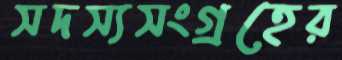
সদস্যসংগ্রহের